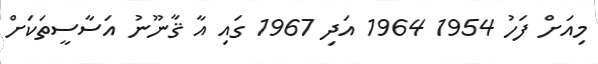
މިއަށް ފަހު 1954 1964 އަދި 1967 ގައި އާ ޤާނޫނު އަސާސީތަކަށް